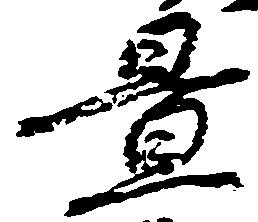
置